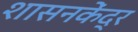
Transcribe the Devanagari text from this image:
शासनकेंद्र